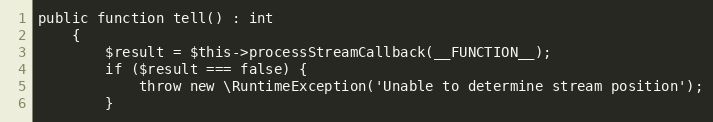
Language: PHP
public function tell() : int
    {
        $result = $this->processStreamCallback(__FUNCTION__);
        if ($result === false) {
            throw new \RuntimeException('Unable to determine stream position');
        }